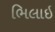
ભિલાઇ